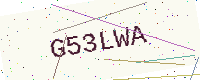
Text: G53LWA